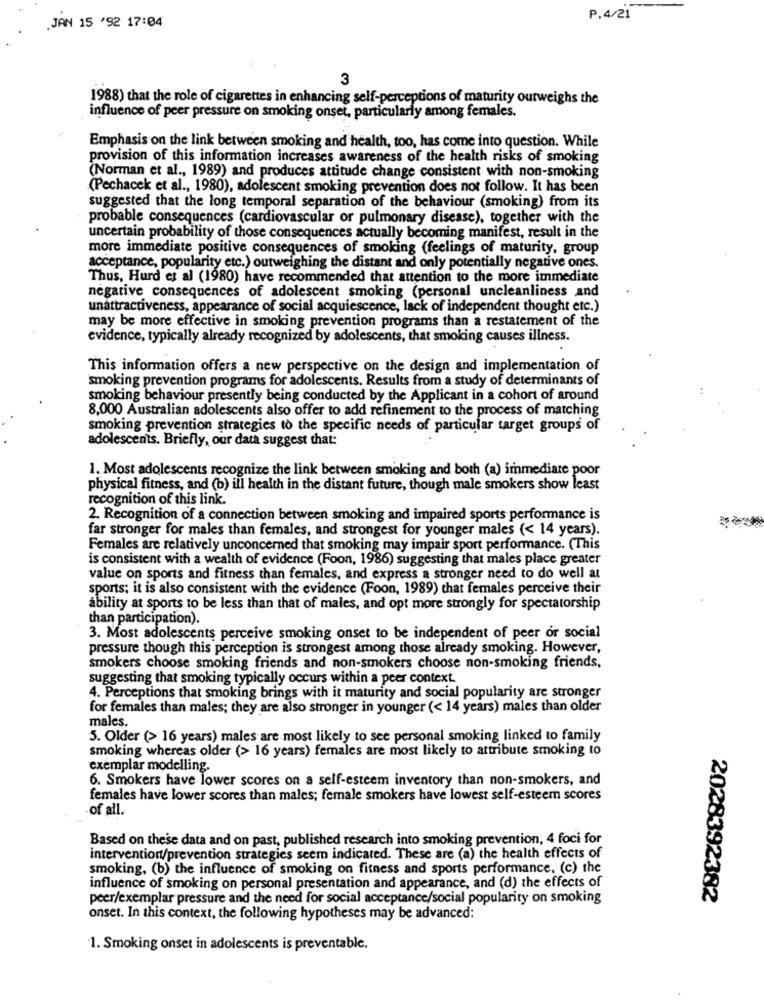
P.4/21
JAN 15 '92 17:04
3
1988) that the role of cigarettes in enhancing self-perceptions of maturity outweighs the
influence of peer pressure on smoking onset, particularly among females.
Emphasis on the link between smoking and health, too, has come into question. While
provision of this information increases awareness of the health risks of smoking
(Norman et al ., 1989) and produces attitude change consistent with non-smoking
(Pechacek et al ., 1980), adolescent smoking prevention does not follow. It has been
suggested that the long temporal separation of the behaviour (smoking) from its
probable consequences (cardiovascular or pulmonary disease), together with the
uncertain probability of those consequences actually becoming manifest, result in the
more immediate positive consequences of smoking (feelings of maturity, group
acceptance, popularity etc.) outweighing the distant and only potentially negative ones.
Thus, Hurd et al (1980) have recommended that attention to the more immediate
negative consequences of adolescent smoking (personal uncleanliness and
unattractiveness, appearance of social acquiescence, lack of independent thought etc.)
may be more effective in smoking prevention programs than a restatement of the
evidence, typically already recognized by adolescents, that smoking causes illness.
This information offers a new perspective on the design and implementation of
smoking prevention programs for adolescents. Results from a study of determinants of
smoking behaviour presently being conducted by the Applicant in a cohort of around
8,000 Australian adolescents also offer to add refinement to the process of matching
smoking prevention strategies to the specific needs of particular target groups of
adolescents. Briefly, our data suggest that:
1. Most adolescents recognize the link between smoking and both (a) immediate poor
physical fitness, and (b) ill health in the distant future, though male smokers show least
recognition of this link.
2. Recognition of a connection between smoking and impaired sports performance is
far stronger for males than females, and strongest for younger males (< 14 years).
Females are relatively unconcerned that smoking may impair sport performance. (This
is consistent with a wealth of evidence (Foon, 1986) suggesting that males place greater
value on sports and fitness than females, and express a stronger need to do well at
sports; it is also consistent with the evidence (Foon, 1989) that females perceive their
ability at sports to be less than that of males, and opt more strongly for spectatorship
than participation).
3. Most adolescents perceive smoking onset to be independent of peer or social
pressure though this perception is strongest among those already smoking. However,
smokers choose smoking friends and non-smokers choose non-smoking friends,
suggesting that smoking typically occurs within a peer context.
4. Perceptions that smoking brings with it maturity and social popularity are stronger
for females than males; they are also stronger in younger (< 14 years) males than older
males.
5. Older (> 16 years) males are most likely to see personal smoking linked to family
smoking whereas older (> 16 years) females are most likely to attribute smoking to
exemplar modelling.
6. Smokers have lower scores on a self-esteem inventory than non-smokers, and
females have lower scores than males; female smokers have lowest self-esteem scores
of all.
Based on these data and on past, published research into smoking prevention, 4 foci for
intervention/prevention strategies seem indicated. These are (a) the health effects of
smoking, (b) the influence of smoking on fitness and sports performance. (c) the
influence of smoking on personal presentation and appearance, and (d) the effects of
peer/exemplar pressure and the need for social acceptance/social popularity on smoking
2028392382
onset. In this context, the following hypotheses may be advanced:
1. Smoking onset in adolescents is preventable.